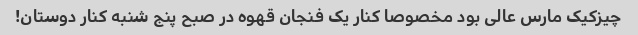
چیزکیک مارس عالی بود مخصوصا کنار یک فنجان قهوه در صبح پنج شنبه کنار دوستان!